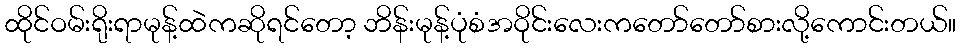
ထိုင်ဝမ်းရိုးရာမုန့်ထဲကဆိုရင်တော့ ဘိန်းမုန့်ပုံစံအဝိုင်းလေးကတော်တော်စားလို့ကောင်းတယ်။